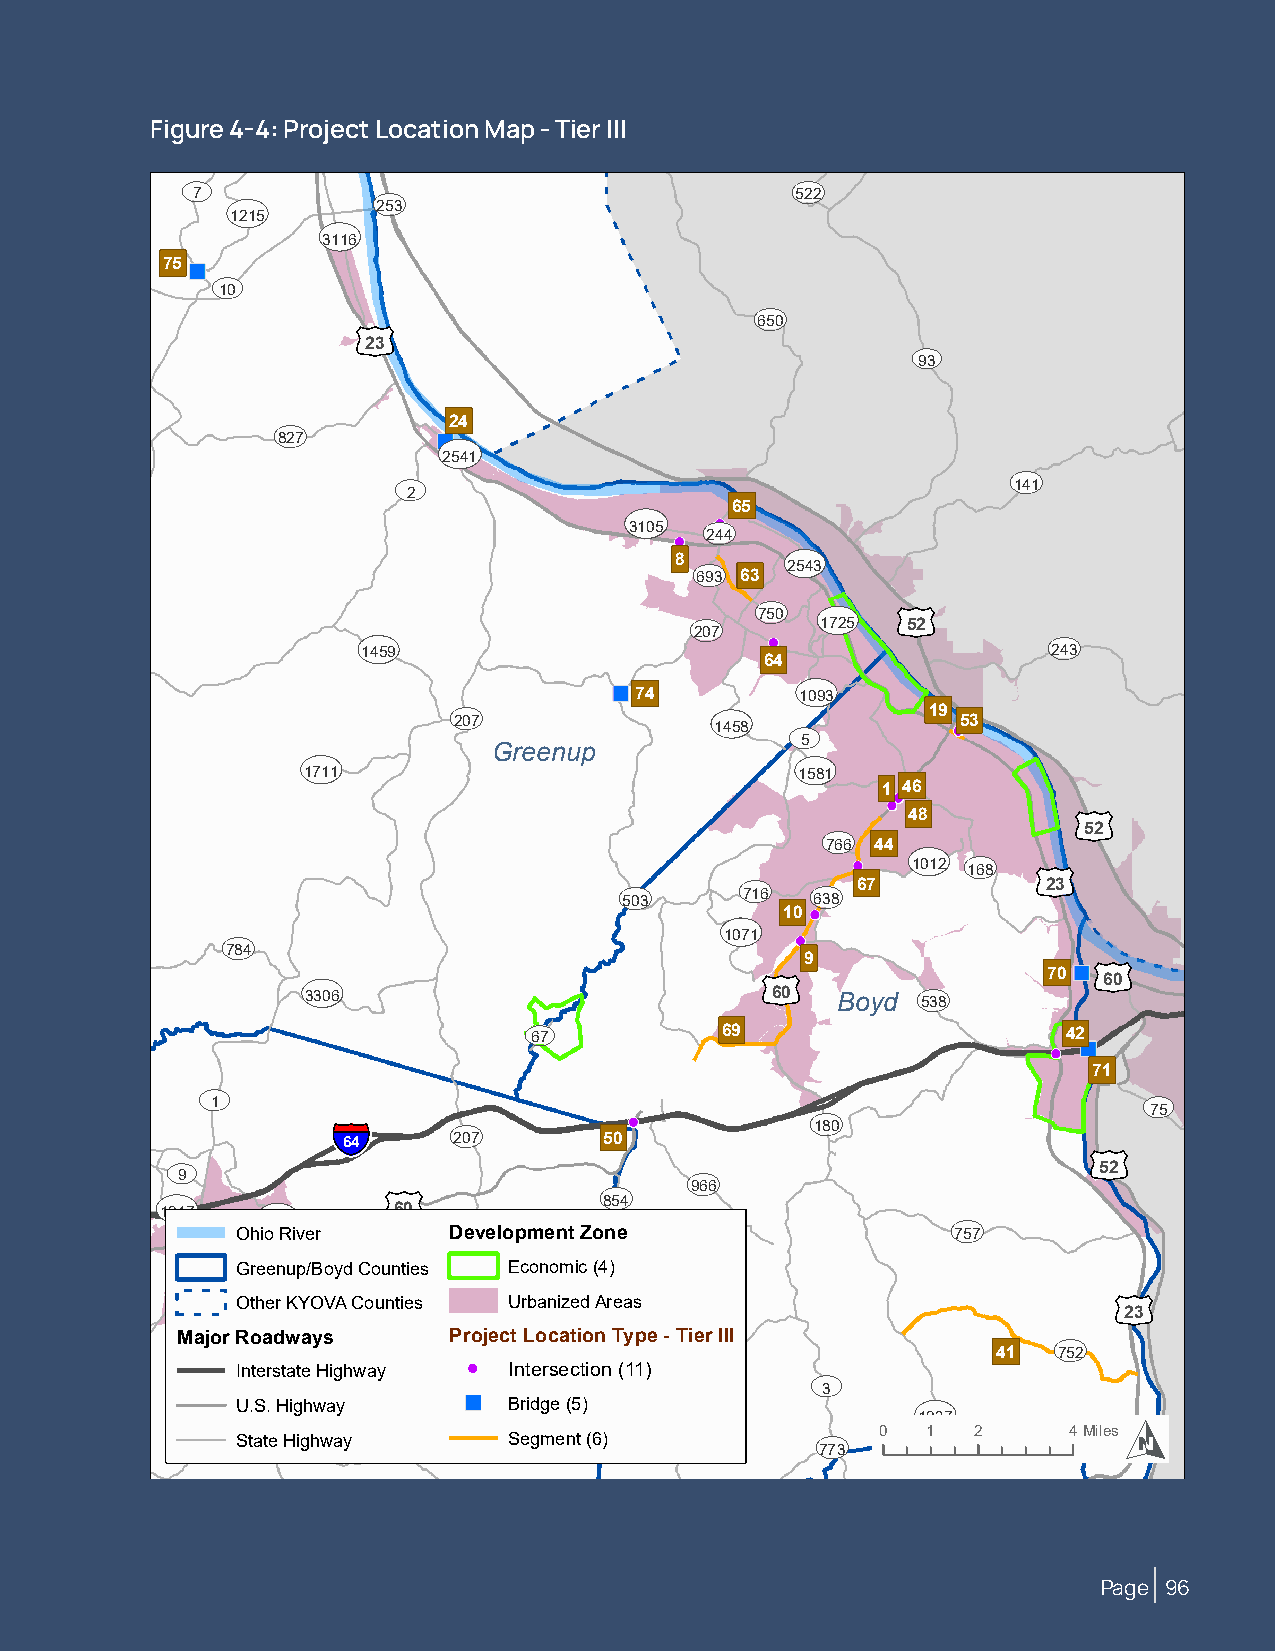
Figure 4-4: Project Location Map - Tier III
 UV                                      UV
 7 UV        UV                          522
 253
 1215  UV
 3116
 75
 UV
 10
 UV
 £¤                        650
 23                                  UV
 93
 UV          24
 UV
 827
 2541
 UV
 UV
 141
 2             UV
 65
 UV
 3105
 244  UV
 8 UV
 2543
 693 63
 UV  UV   £¤
 UV  750
 UV                    207     1725  52       UV
 1459                                          243
 64
 UV
 UV          74   UV    1093
 19
 207              1458 UV          53
 UV           Greenup             UV5
 1711                             1581
 1 46
 £¤
 48
 UV                52
 UV
 766 44   UV
 UV      UV   UV 67 1012 168
 £¤
 23
 503     716  638
 UV  10
 UV                               1071
 784                                   9                  £¤
 UV                            £¤                 70
 UV          60
 3306                           60  Boyd  538
 UV
 67           69                     42
 71
 UV
 UV
 1       §¨¦
 UV
 UV                    75
 180
 64     207       50                              £¤
 UV
 UV                          52
 UV9            £¤             UV    966
 UV
 854
 1947
 1910
 60                                   UV
 Ohio River    Development Zone                 757
 UV
 UV
 Greenup/Boyd Counties Ec1o6n5o4mic (4)
 7
 £¤
 Other KYOVA Counties Urbanized Areas
 23
 Major UVRoadways  Project Location Type - Tier III        UV
 1                                                 41  752
 Interstate Highway ! Intersection (11) UV
 "              UV      3      UV
 U.S. Highway      Bridge (5)
 UV     UV         UV              1945           1937          O
 1444 State H7ig73hway 1512 Segment (6)    UV 773 0 1 2     4Miles
 Page 96